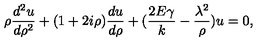
\rho { \frac { d ^ { 2 } u } { d \rho ^ { 2 } } } + ( 1 + 2 i \rho ) { \frac { d u } { d \rho } } + ( { \frac { 2 E \gamma } { k } } - { \frac { \lambda ^ { 2 } } { \rho } } ) u = 0 ,